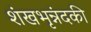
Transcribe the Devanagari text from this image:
शंखभृन्नंदकी